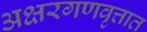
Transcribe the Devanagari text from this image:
अक्षरगणवृत्तात